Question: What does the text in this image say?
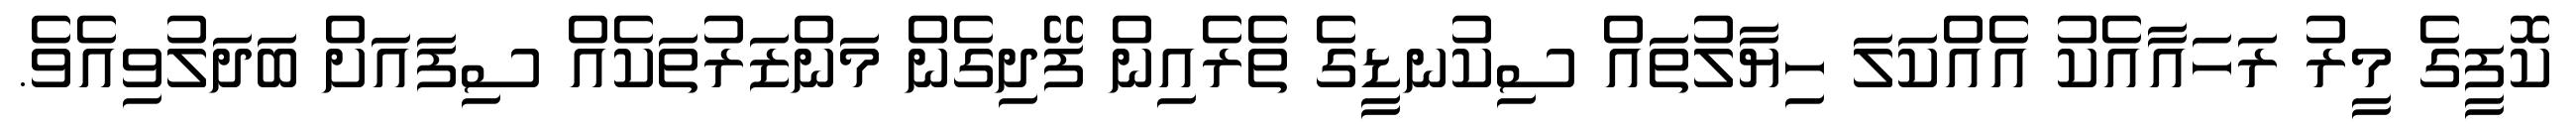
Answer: ކޮފީގެ މީރު ރަހައާއެކު އެއްކަލަ ހިޔާލުތައް ސިކުނޑީގެ ތެރެއިން ފޭދިގެން މަންޒަރުތަކެއް ސިފައަށް ބަދަލުވިއެވެ.